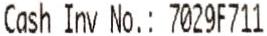
CASH INV NO.: 7029F711